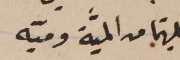
كلتيهما من الميَّة وميّه